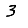
Digit: 3